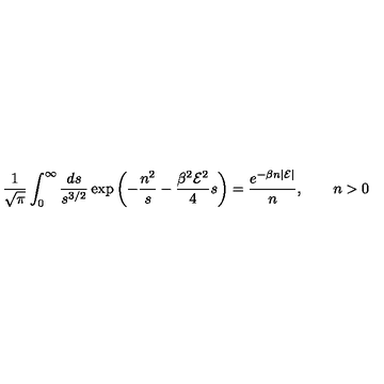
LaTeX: { \frac { 1 } { \sqrt { \pi } } } \int _ { 0 } ^ { \infty } { \frac { d s } { s ^ { 3 / 2 } } } \exp \left( - { \frac { n ^ { 2 } } { s } } - { \frac { \beta ^ { 2 } { \cal E } ^ { 2 } } { 4 } } s \right) = { \frac { e ^ { - \beta n | { \cal E } | } } { n } } , \qquad n > 0